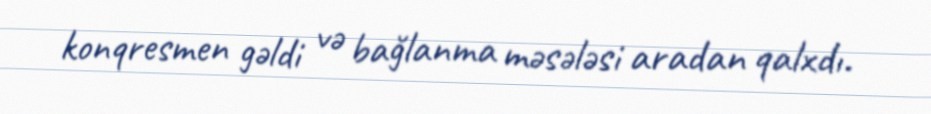
konqresmen gəldi və bağlanma məsələsi aradan qalxdı.